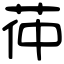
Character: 茽